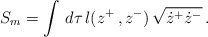
\begin{align*}S_{m} = \int\, d\tau\,l(z^{+}\,,z^{-})\,\sqrt{\dot{z}^{+}\dot{z}^{-}} \,.\end{align*}